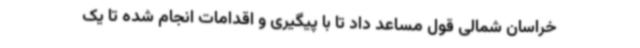
خراسان شمالی قول مساعد داد تا با پیگیری و اقدامات انجام شده تا یک